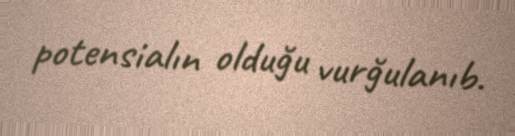
potensialın olduğu vurğulanıb.